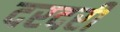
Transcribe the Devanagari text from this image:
दरदरी